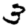
Digit: 3